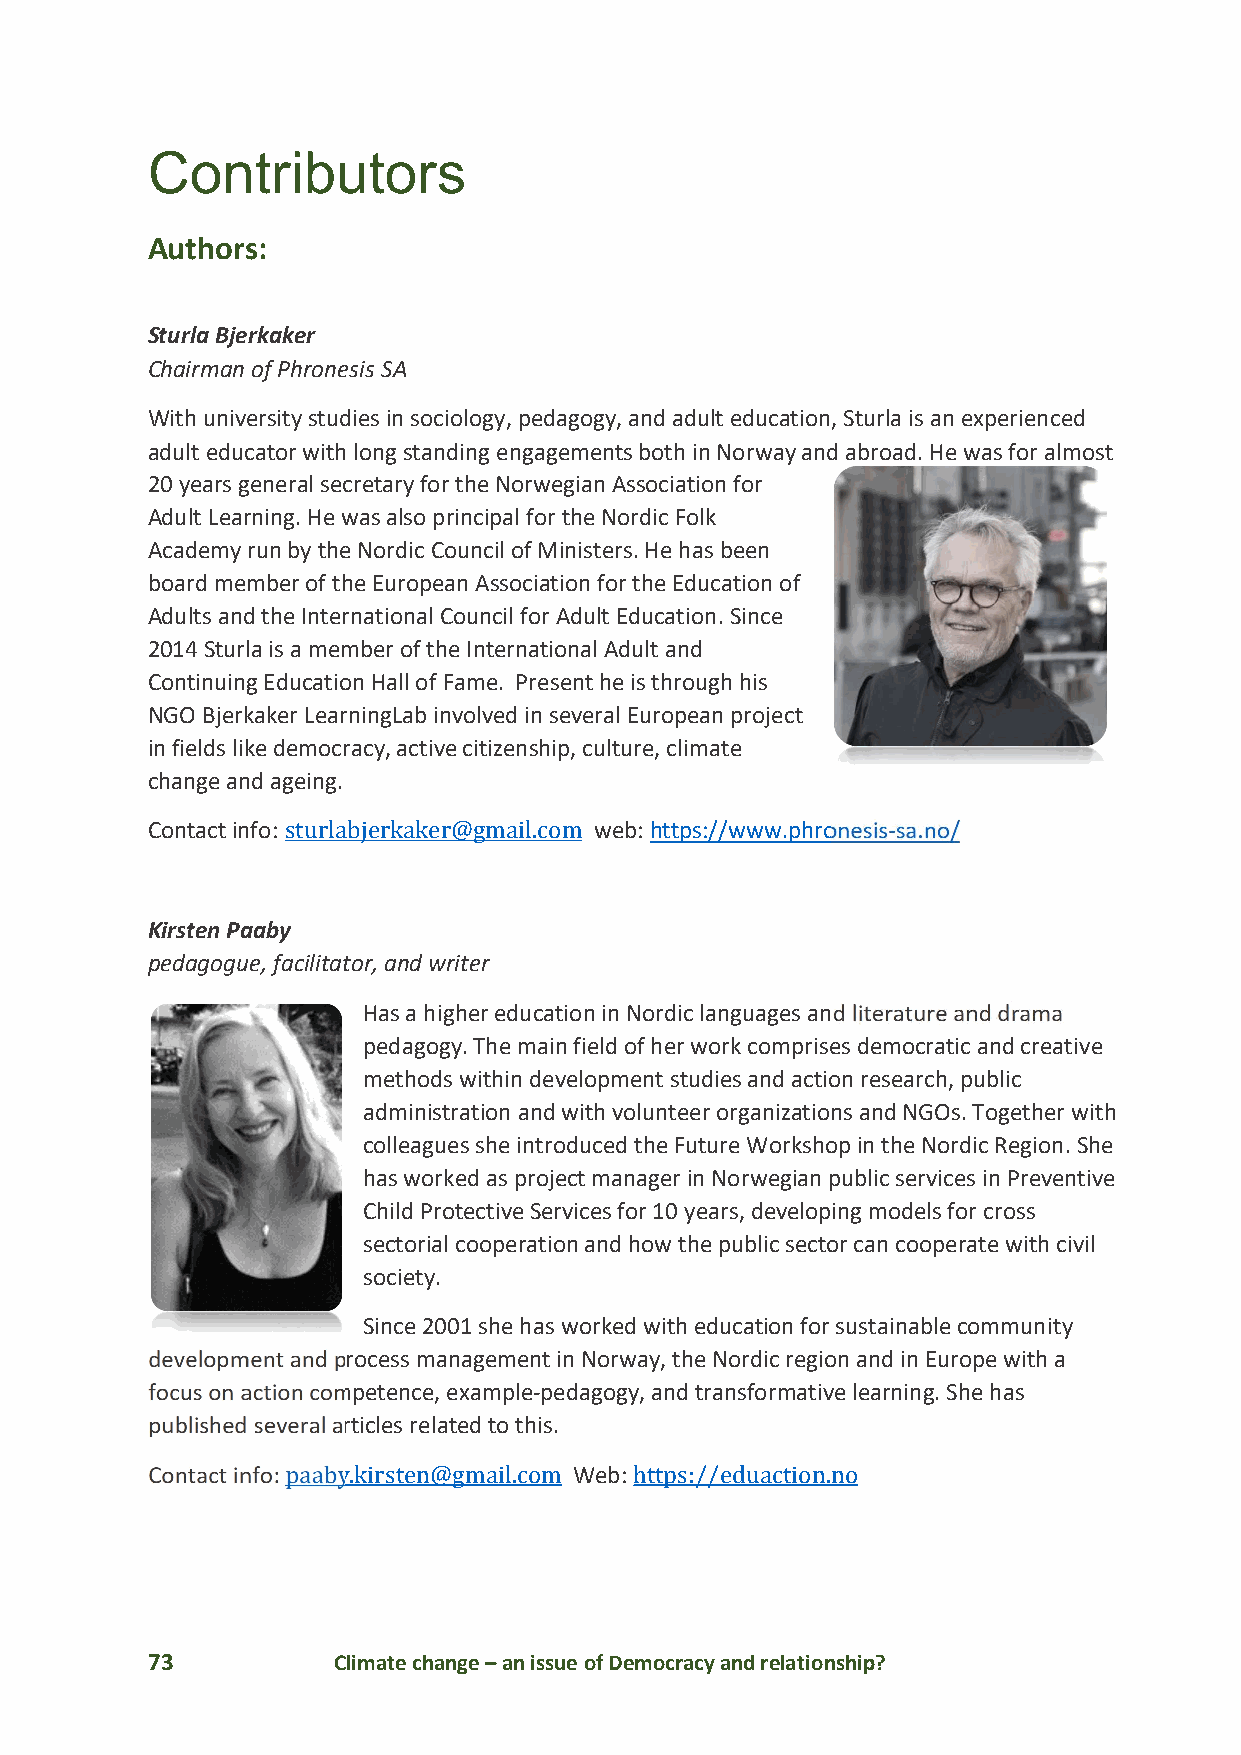
Contributors
 Authors:
 Sturla Bjerkaker
 Chairman of Phronesis SA
 With university studies in sociology, pedagogy, and adult education, Sturla is an experienced
 adult educator with long standing engagements both in Norway and abroad. He was for almost
 20 years general secretary for the Norwegian Association for
 Adult Learning. He was also principal for the Nordic Folk
 Academy run by the Nordic Council of Ministers. He has been
 board member of the European Association for the Education of
 Adults and the International Council for Adult Education. Since
 2014 Sturla is a member of the International Adult and
 Continuing Education Hall of Fame. Present he is through his
 NGO Bjerkaker LearningLab involved in several European project
 in fields like democracy, active citizenship, culture, climate
 change and ageing.
 Contact info: sturlabjerkaker@gmail.com web: https://www.phronesis-sa.no/
 Kirsten Paaby
 pedagogue, facilitator, and writer
 Has a higher education in Nordic languages and literature and drama
 pedagogy. The main field of her work comprises democratic and creative
 methods within development studies and action research, public
 administration and with volunteer organizations and NGOs. Together with
 colleagues she introduced the Future Workshop in the Nordic Region. She
 has worked as project manager in Norwegian public services in Preventive
 Child Protective Services for 10 years, developing models for cross
 sectorial cooperation and how the public sector can cooperate with civil
 society.
 Since 2001 she has worked with education for sustainable community
 development and process management in Norway, the Nordic region and in Europe with a
 focus on action competence, example-pedagogy, and transformative learning. She has
 published several articles related to this.
 Contact info: paaby.kirsten@gmail.com Web: https://eduaction.no
 73          Climate change – an issue of Democracy and relationship?